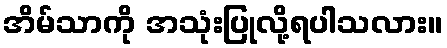
အိမ်သာကို အသုံးပြုလို့ရပါသလား။